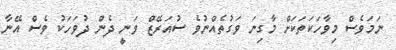
ނަމަވެސް މިވާހަކަތަކަށް މާގިނަ ވަގުތެއްނުވެ ސުއަރޭޒް ވަނީ ދެން ދުވަހަކު ވެސް އޭނާ